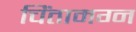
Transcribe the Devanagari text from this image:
चिंतामग्न